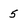
Character: 5